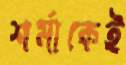
শর্মাকেই